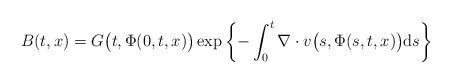
LaTeX: \begin{align*}B(t,x)=G\big(t,\Phi(0,t,x)\big)\exp\left\{-\int^t_0\nabla\cdot v\big(s,\Phi(s,t,x)\big){\rm d}s\right\}\end{align*}